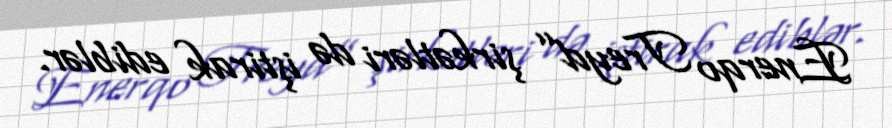
Enerqo Treyd” şirkətləri də iştirak ediblər.